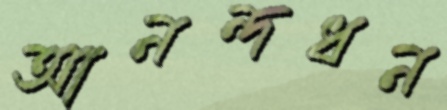
আনন্দধন